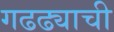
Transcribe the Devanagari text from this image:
गढढ्याची